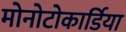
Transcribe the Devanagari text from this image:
मोनोटोकार्डिया